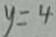
y = 4